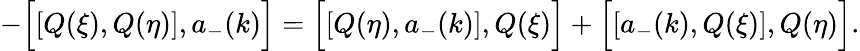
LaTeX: -\Bigl[\left[Q(\xi),Q(\eta)\right],a_{-}(k)\Bigr]=\Bigl[\left[Q(\eta),a_{-}(k)\right],Q(\xi)\Bigr]+\Bigl[\left[a_{-}(k),Q(\xi)\right],Q(\eta)\Bigr].